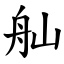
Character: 舢